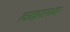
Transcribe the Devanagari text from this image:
लाइटरुम